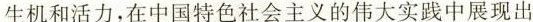
生机和活力，在中国特色社会主义的伟大实践中展现出